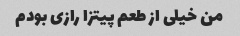
من خیلی از طعم پیتزا رازی بودم